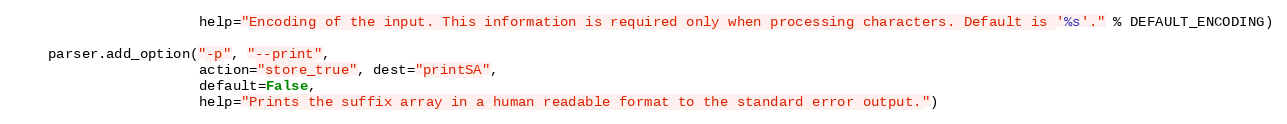
Language: Python
                      help="Encoding of the input. This information is required only when processing characters. Default is '%s'." % DEFAULT_ENCODING)

    parser.add_option("-p", "--print",
                      action="store_true", dest="printSA",
                      default=False,
                      help="Prints the suffix array in a human readable format to the standard error output.")